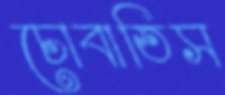
চোবাতিস